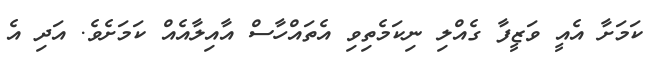
ކަމަަށާ އެއީ ވަޒީފާ ގެއްލި ނިކަމެތިވި އެތައްހާސް އާއިލާއެއް ކަމަށެވެ. އަދި އެ